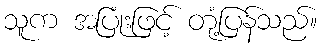
သူက အပြုံးဖြင့် တုံ့ပြန်သည်။